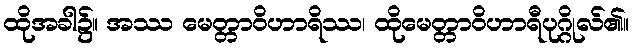
ထိုအခါ၌။ အဿ မေတ္တာဝိဟာရိဿ၊ ထိုမေတ္တာဝိဟာရီပုဂ္ဂိုလ်၏။